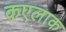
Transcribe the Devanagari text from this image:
कएलाक